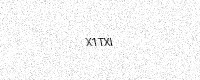
Text: X1TXI